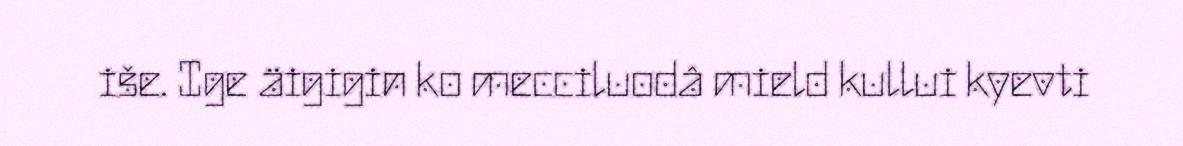
iše. Ige äigigin ko mecciluodâ mield kullui kyevti